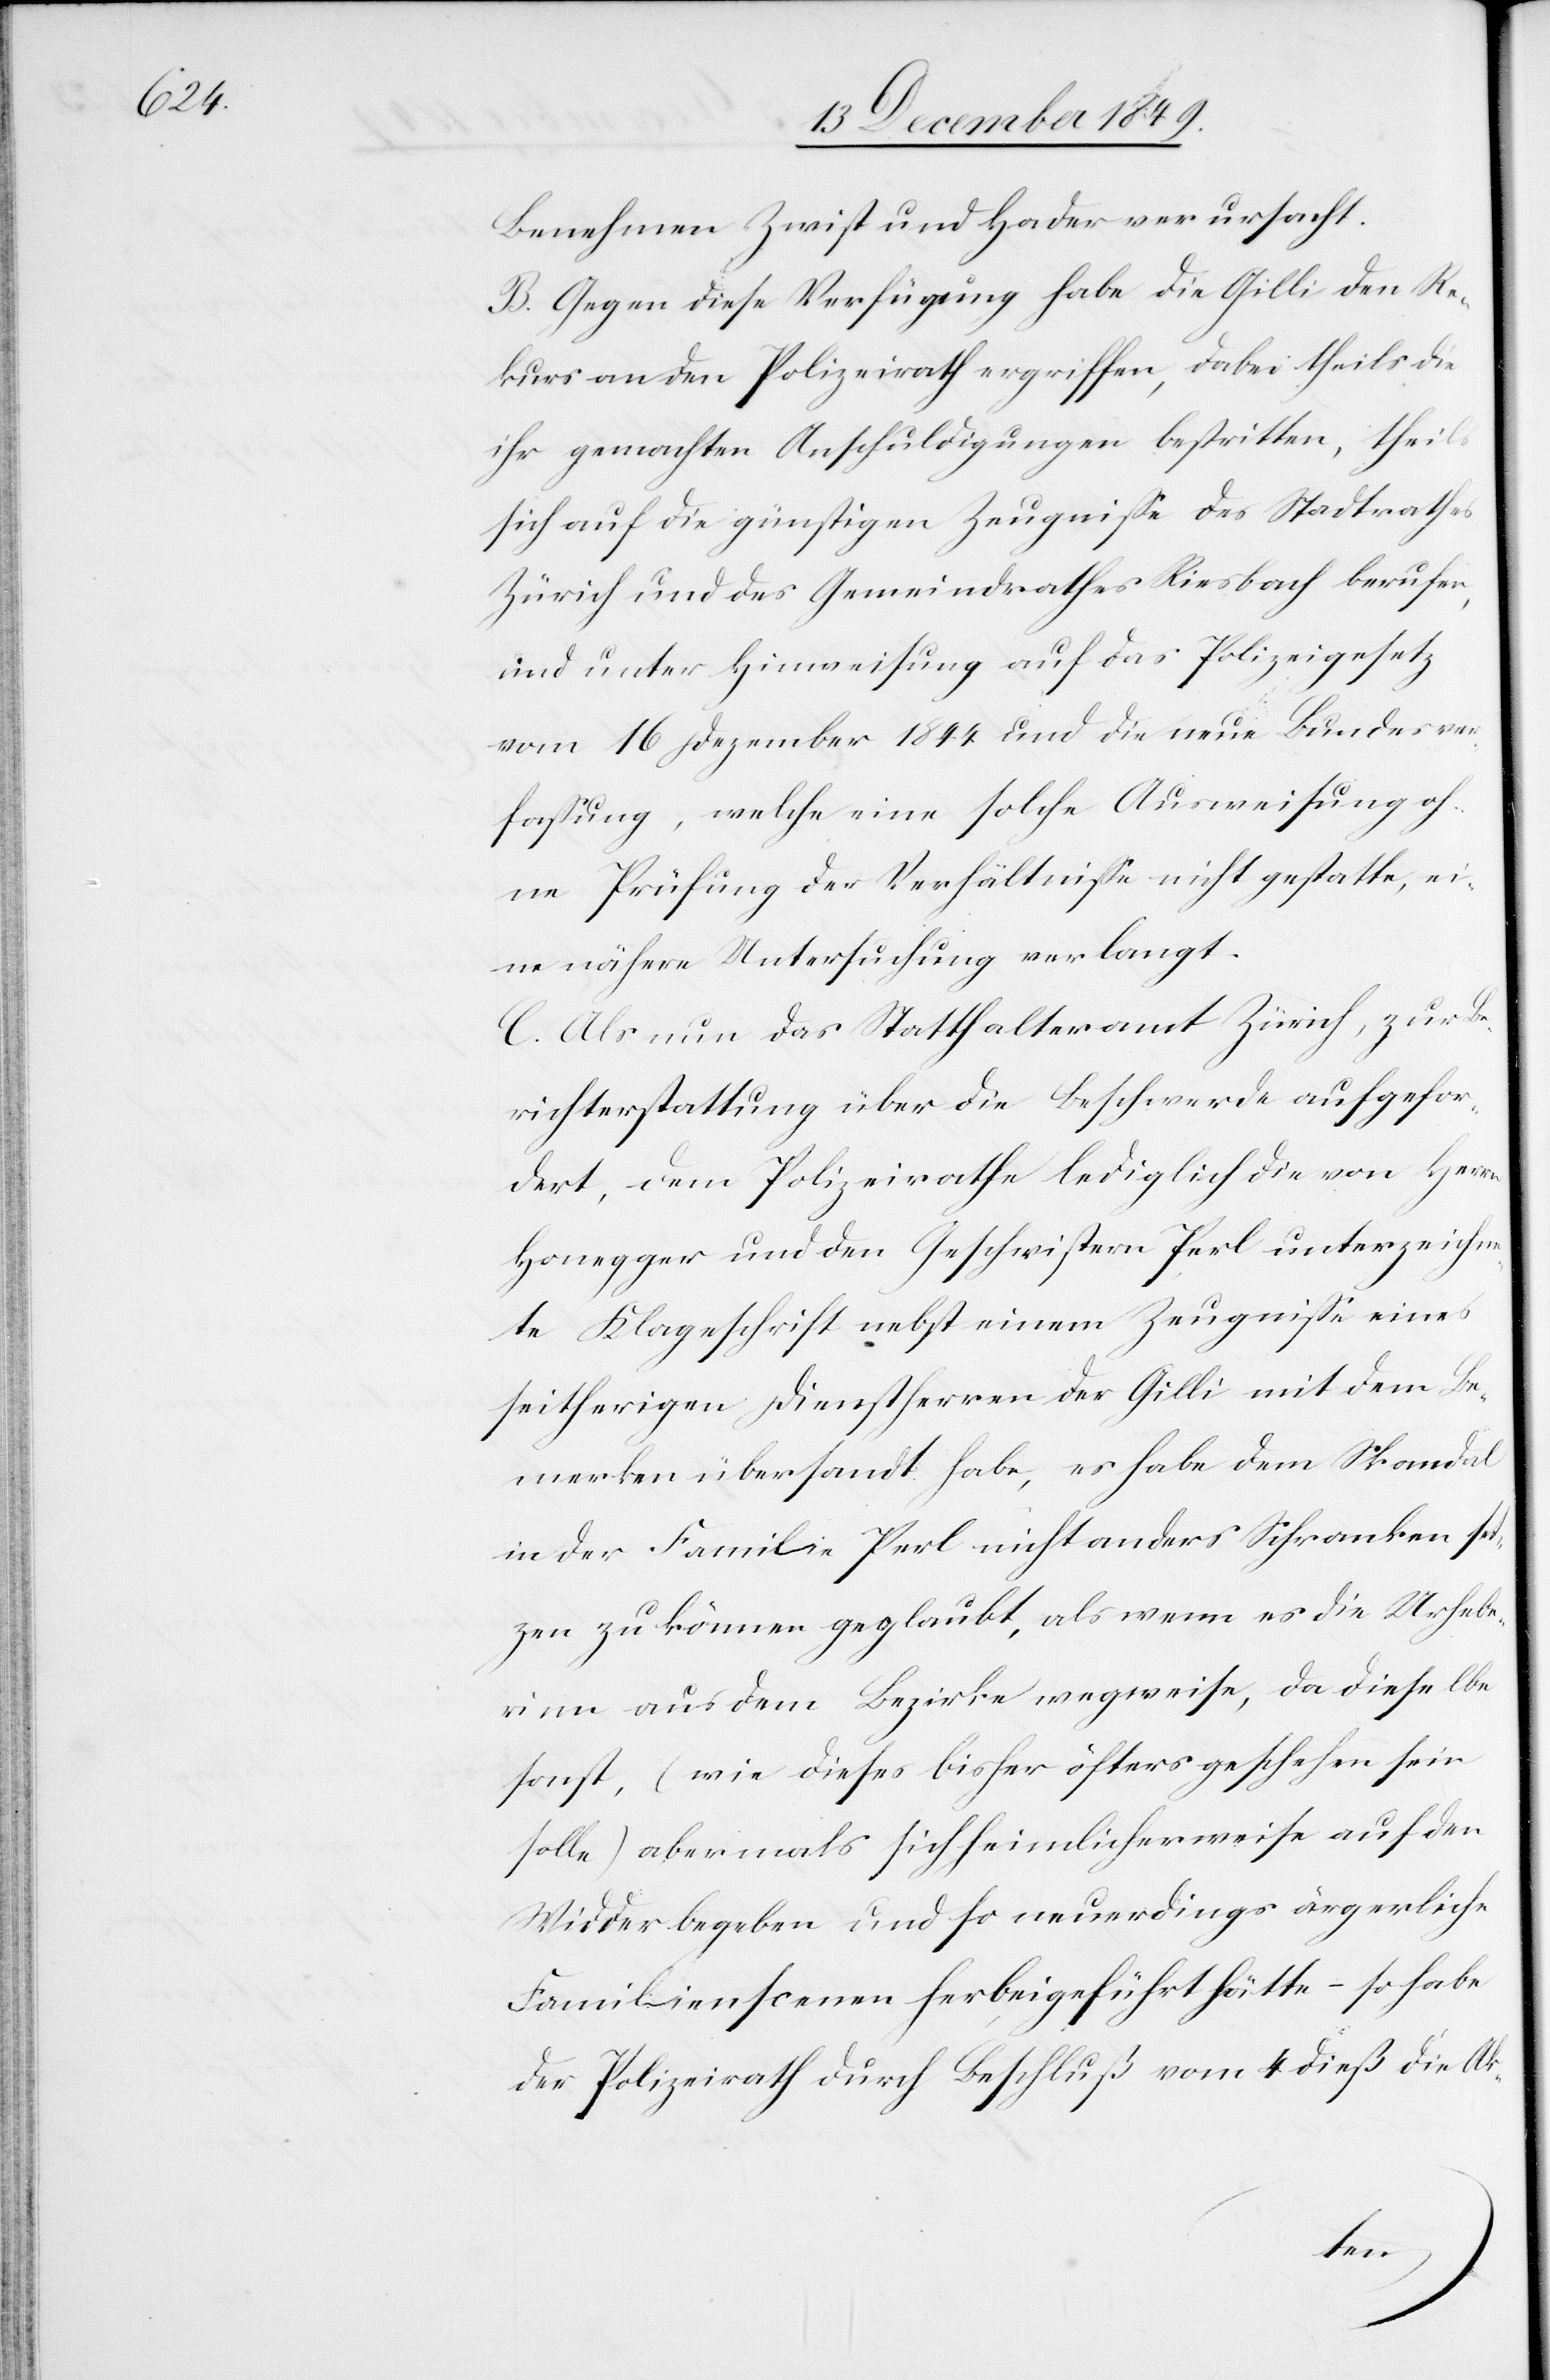
Benehmen Zwist und Hader verursacht.
B. Gegen diese Verfügung habe die Gilli den Re¬
kurs an den Polizeirath ergriffen, dabei theils die
ihr gemachten Anschuldigungen bestritten, theils
sich auf die günstigen Zeugniße des Stadtrathes
Zürich und des Gemeindrathes Riesbach berufen,
und unter Hinweisung auf das Polizeigesetz
vom 16 Dezember 1844 und die neue Bundesver¬
faßung, welche eine solche Ausweisung oh¬
ne Prüfung der Verhältniße nicht gestatte, ei¬
ne nähere Untersuchung verlangt.
C. Als nun das Statthalteramt Zürich, zur Be¬
richterstattung über die Beschwerde aufgefor¬
dert, dem Polizeirathe lediglich die von Herrn
Honegger und den Geschwistern Perl unterzeichne¬
te Klageschrift nebst einem Zeugniße eines
seitherigen Dienstherren der Gilli mit dem Be¬
merken übersandt habe, es habe dem Skandal
in der Familie Perl nicht anders Schranken set¬
zen zu können geglaubt, als wenn es die Urhebe¬
rinn aus dem Bezirke wegweise, da dieselbe
sonst, (wie dieses bisher öfters geschehen sein
solle) abermals sich heimlicherweise auf den
Widder begeben und so neuerdings ärgerliche
Familienscenen herbeigeführt hätte – so habe
der Polizeirath durch Beschluß vom 4 dieß die Ak-